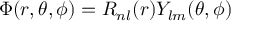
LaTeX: \Phi ( r , \theta , \phi ) = R _ { n l } ( r ) Y _ { l m } ( \theta , \phi )